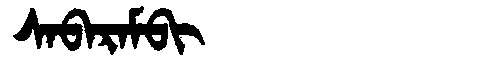
Manchu: ᠰᠠᠪᠠᡵᠠᠮᠪᡳ
Romanization: SABARAMBI